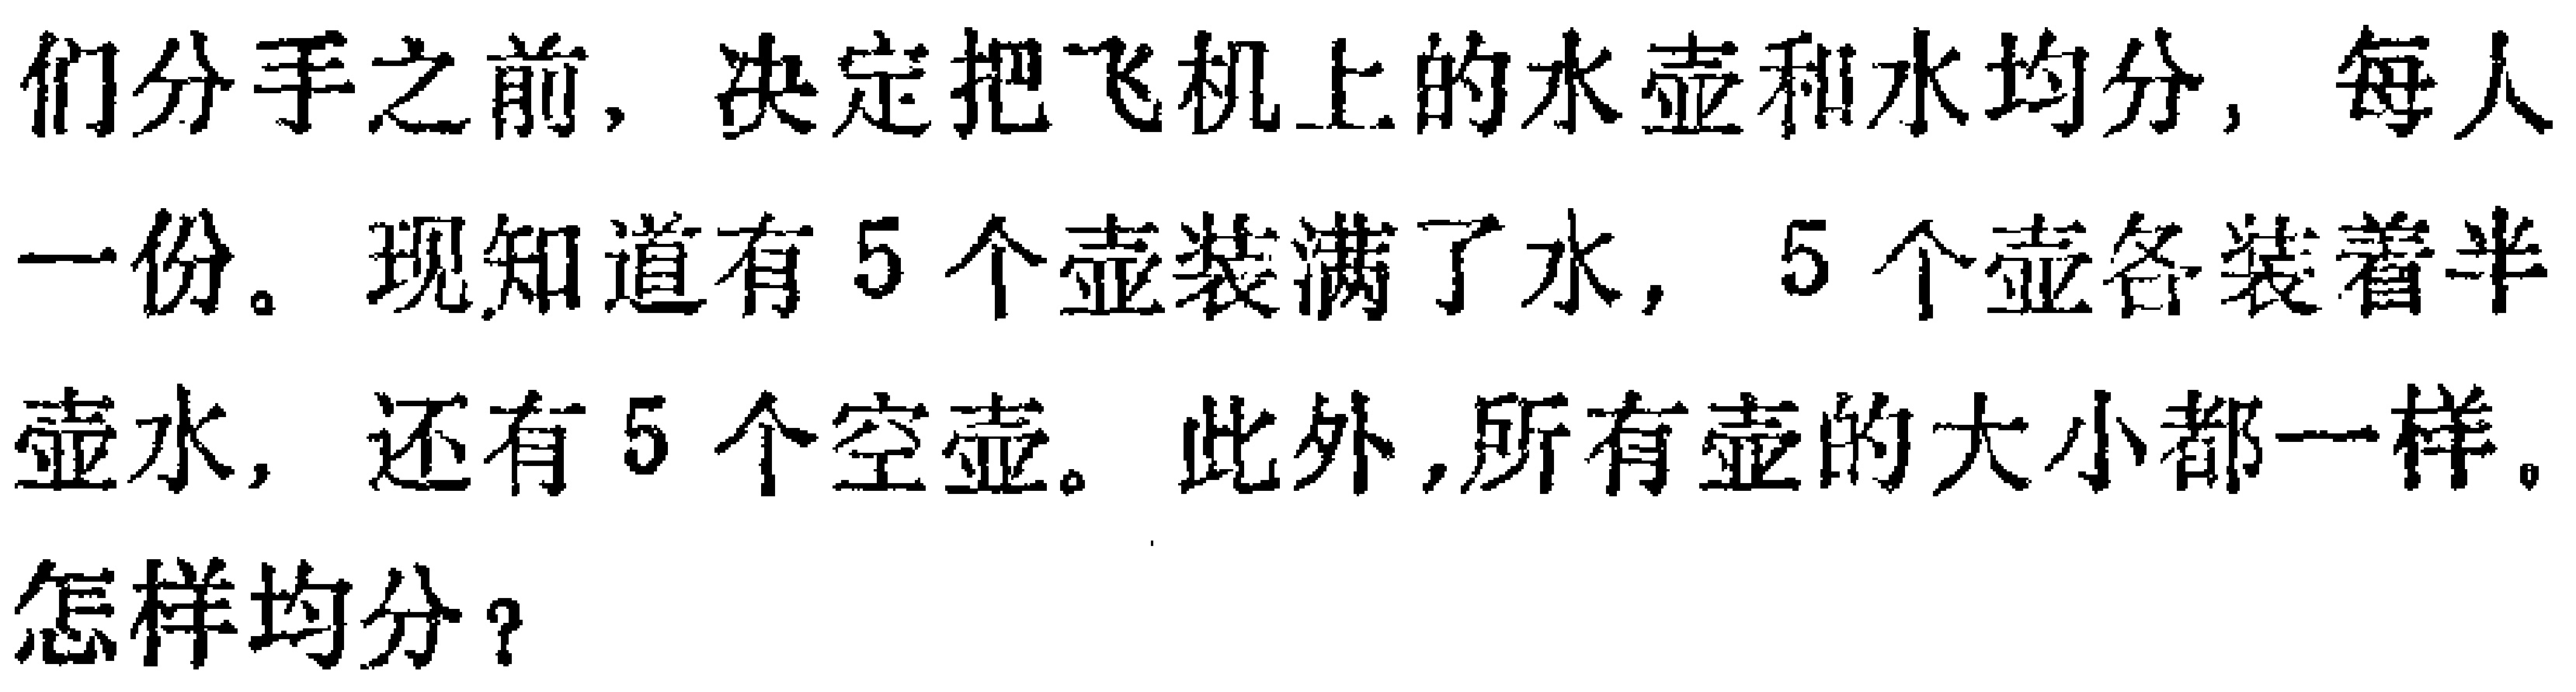
们分手之前，决定把飞机上的水壶和水均分，每人一份。现知道有5个壶装满了水，5个壶各装着半壶水，还有5个空壶。此外，所有壶的大小都一样。怎样均分？